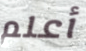
أعلم